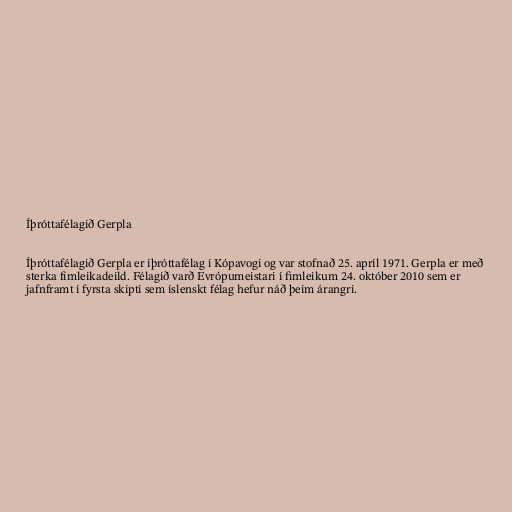
Íþróttafélagið Gerpla

Íþróttafélagið Gerpla er íþróttafélag í Kópavogi og var stofnað 25. apríl 1971. Gerpla er með
sterka fimleikadeild. Félagið varð Evrópumeistari í fimleikum 24. október 2010 sem er
jafnframt í fyrsta skipti sem íslenskt félag hefur náð þeim árangri.